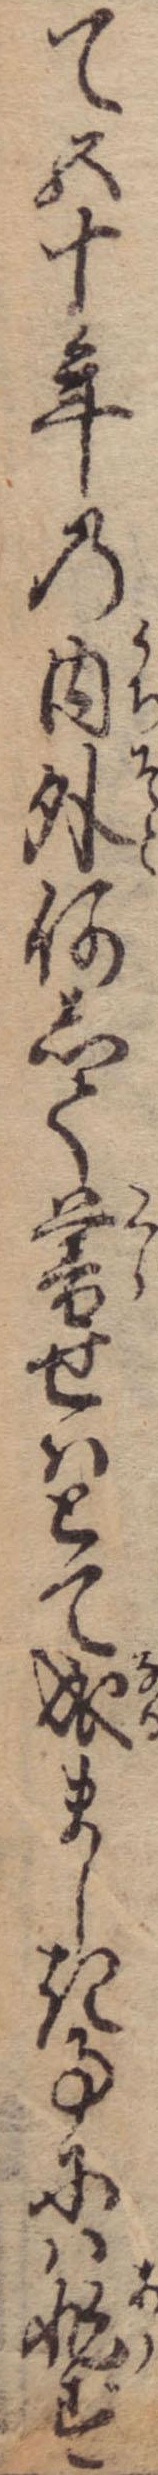
て五十年の内外何して暮せはとて成ましき事には非ず